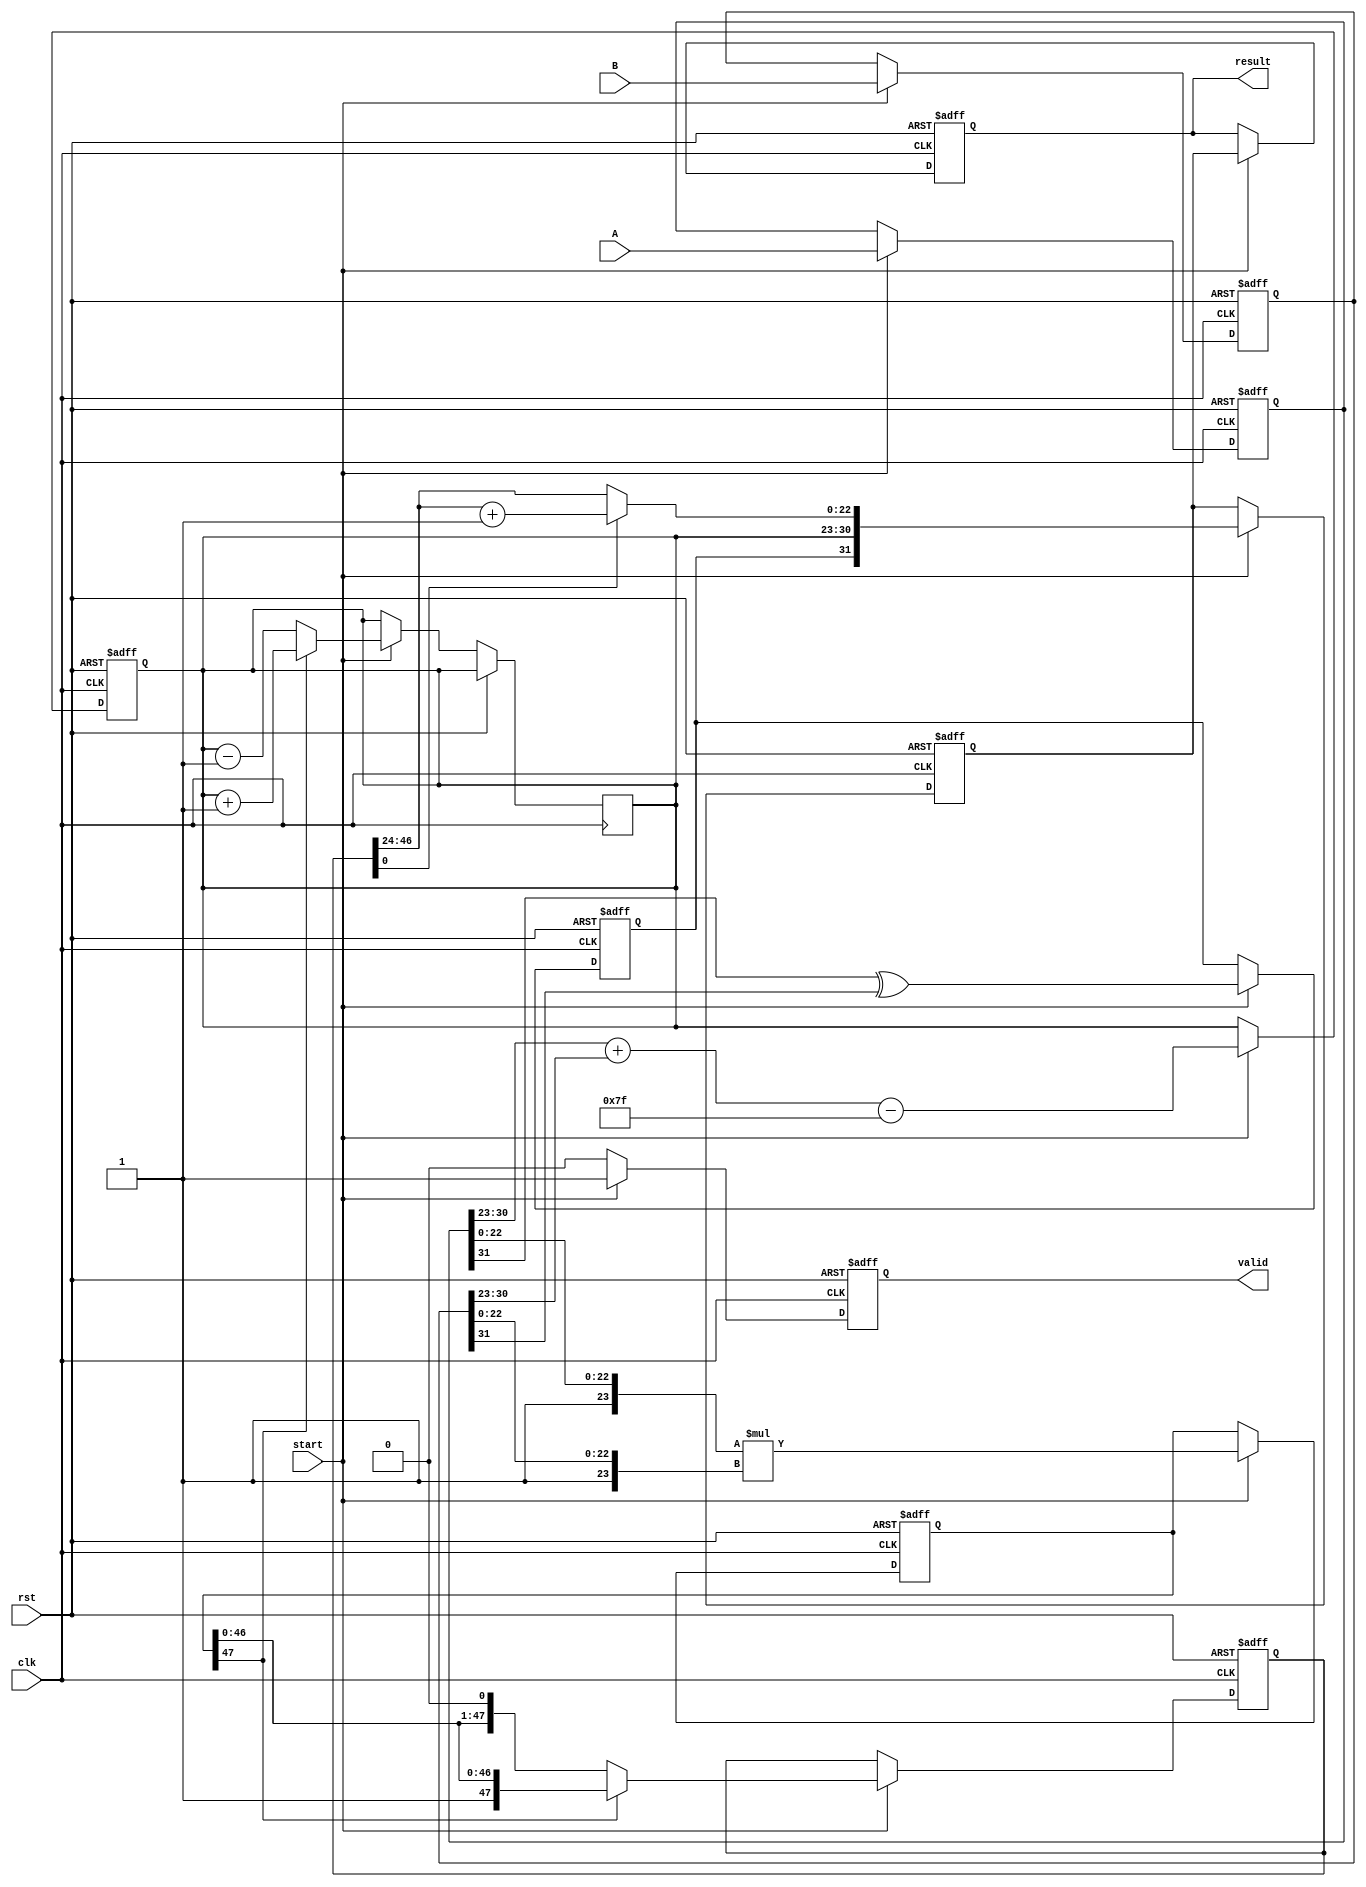
module fp_multiplier (
    input clk,
    input rst,
    input start,
    input [31:0] A, // Input A (32 bits: S, E, M)
    input [31:0] B, // Input B (32 bits: S, E, M)
    output reg [31:0] result, // Output result (32 bits: S, E, M)
    output reg valid // Output valid signal
);

    // Pipeline registers
    reg [31:0] A_reg, B_reg; // Stage 1
    reg sign; // Stage 2
    reg [7:0] exponent; // Stage 3
    reg [47:0] mantissa; // Stage 4
    reg [47:0] normalized_mantissa; // Stage 5
    reg [31:0] rounded_result; // Stage 6

    // Constants
    localparam BIAS = 127;

    // Stage 1: Input Register
    always @(posedge clk or posedge rst) begin
        if (rst) begin
            A_reg <= 32'b0;
            B_reg <= 32'b0;
        end else if (start) begin
            A_reg <= A;
            B_reg <= B;
        end
    end

    // Stage 2: Sign Calculation
    always @(posedge clk or posedge rst) begin
        if (rst) begin
            sign <= 1'b0;
        end else if (start) begin
            sign <= A_reg[31] ^ B_reg[31];
        end
    end

    // Stage 3: Exponent Calculation
    always @(posedge clk or posedge rst) begin
        if (rst) begin
            exponent <= 8'b0;
        end else if (start) begin
            exponent <= (A_reg[30:23] + B_reg[30:23] - BIAS);
        end
    end

    // Stage 4: Mantissa Multiplication
    always @(posedge clk or posedge rst) begin
        if (rst) begin
            mantissa <= 48'b0;
        end else if (start) begin
            mantissa <= {1'b1, A_reg[22:0]} * {1'b1, B_reg[22:0]};
        end
    end

    // Stage 5: Normalization
    always @(posedge clk or posedge rst) begin
        if (rst) begin
            normalized_mantissa <= 48'b0;
        end else if (start) begin
            // Normalize the mantissa
            if (mantissa[47]) begin
                normalized_mantissa <= mantissa; // Already normalized
                exponent <= exponent + 1; // Adjust exponent
            end else begin
                normalized_mantissa <= mantissa << 1; // Shift left to normalize
                exponent <= exponent - 1; // Adjust exponent
            end
        end
    end

    // Stage 6: Rounding
    always @(posedge clk or posedge rst) begin
        if (rst) begin
            rounded_result <= 32'b0;
        end else if (start) begin
            // Simple rounding (round to nearest even)
            if (normalized_mantissa[0]) begin
                rounded_result <= {sign, exponent[7:0], normalized_mantissa[46:24] + 1'b1}; // Round up
            end else begin
                rounded_result <= {sign, exponent[7:0], normalized_mantissa[46:24]}; // Round down
            end
        end
    end

    // Stage 7: Output Register
    always @(posedge clk or posedge rst) begin
        if (rst) begin
            result <= 32'b0;
            valid <= 1'b0;
        end else if (start) begin
            result <= rounded_result;
            valid <= 1'b1; // Indicate result is valid
        end else begin
            valid <= 1'b0; // Reset valid signal
        end
    end

endmodule